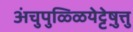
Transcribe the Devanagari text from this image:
अंचुपुळ्ळियेट्टेषु़त्तु